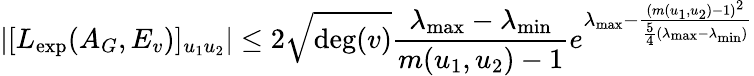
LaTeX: |[L_{\exp}(A_{G},E_{v})]_{u_{1}u_{2}}|\leq 2\sqrt{\deg(v)}\frac{\lambda_{\operatorname*{max}}-\lambda_{\operatorname*{min}}}{m(u_{1},u_{2})-1}e^{\lambda_{\operatorname*{max}}-\frac{(m(u_{1},u_{2})-1)^{2}}{\frac{5}{4}(\lambda_{\operatorname*{max}}-\lambda_{\operatorname*{min}})}}